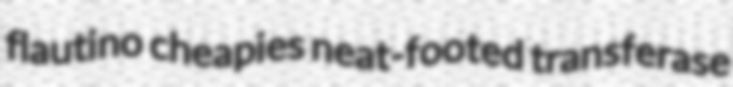
flautino cheapies neat-footed transferase